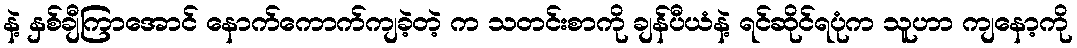
နဲ့ နှစ်ချီကြာအောင် နောက်ကောက်ကျခဲ့တဲ့ က သတင်းစာကို ချန်ပီယံနဲ့ ရင်ဆိုင်ရပုံက သူဟာ ကျနော့ကို